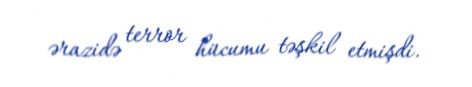
ərazidə terror hücumu təşkil etmişdi.